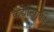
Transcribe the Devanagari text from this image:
कैद्यान्पाकी